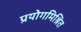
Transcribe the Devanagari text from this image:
प्रयोगमिश्रित